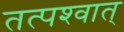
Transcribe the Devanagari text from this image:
तत्‍पश्‍वात्